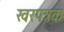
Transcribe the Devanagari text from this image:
खरपत्रक